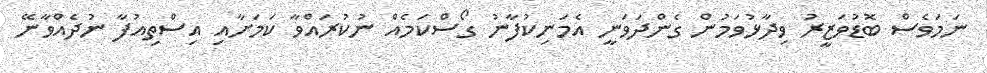
ނަމަވެސް ބޮޑުވަޒީރު ވިދާޅުވަމުން ގެންދަވަނީ އެމަނިކުފާނު ގޯސްކަމެއް ނުކުރައްވާ ކަމަށާއި އިސްތިއުފާ ނުދެއްވާނޭ